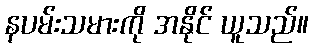
နပမ်းသမားကို အနိုင် ယူသည်။